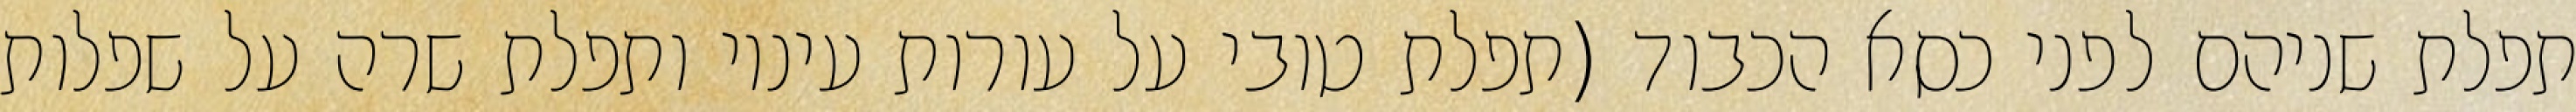
תפלת שניהם לפני כסא הכבוד (תפלת טובי על עורות עיניו ותפלת שרה על שפלות